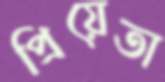
প্রিয়েতা